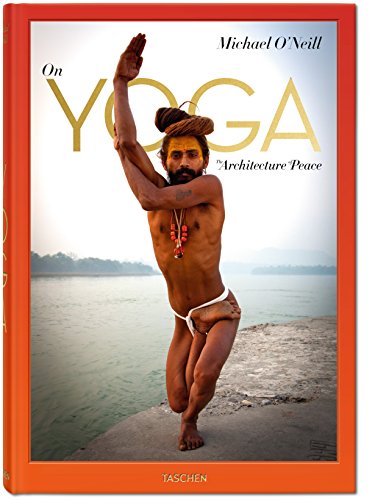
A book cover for Michael O'Neill: On Yoga, The Architecture of Peace; Arts & Photography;